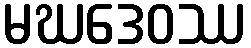
မဃဒေဝဿ